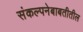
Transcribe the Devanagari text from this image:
संकल्पनेबाबतीतील